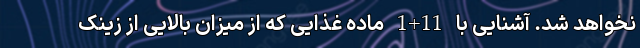
نخواهد شد. آشنایی با 11+1 ماده ‌غذایی که از میزان بالایی از زینک